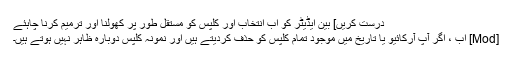
درست کریں] بین ایڈیٹر کو اب انتخاب اور کلپس کو مستقل طور پر کھولنا اور ترمیم کرنا چاہئے
[Mod] اب ، اگر آپ آرکائیو یا تاریخ میں موجود تمام کلپس کو حذف کردیتے ہیں اور نمونہ کلپس دوبارہ ظاہر نہیں ہوتے ہیں۔